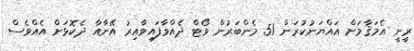
ރީނީ އެމަޤާމަށް އައްޔަނުކުރަން 51 މެންބަރުން ވޯޓް ދެއްވާފައިވާއިރު އޭނާއާ ދެކޮޅަށް އެއްވެސް